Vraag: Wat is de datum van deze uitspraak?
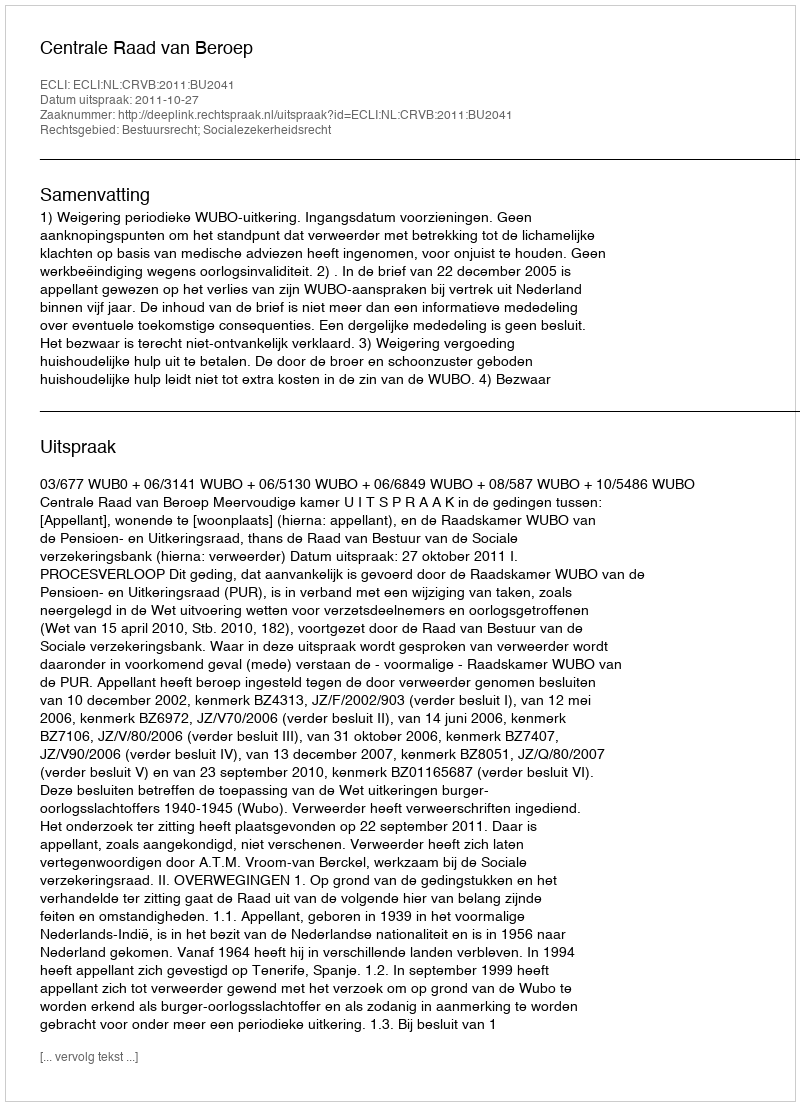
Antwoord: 2011-10-27